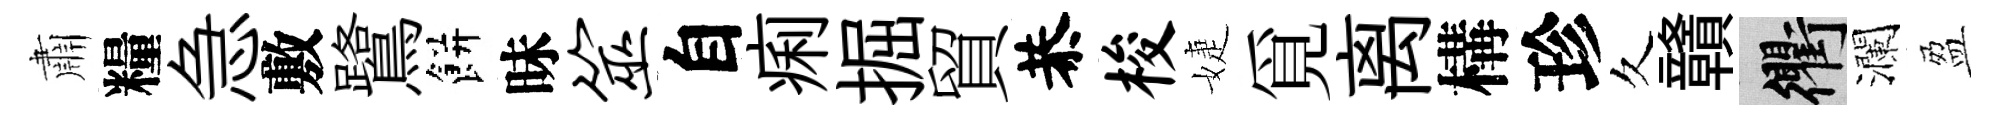
肅糧急敷鷺餅昧筮自痢掘貿恭梭婕覓离構珍久贛衢瀾盈